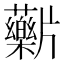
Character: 𬌖